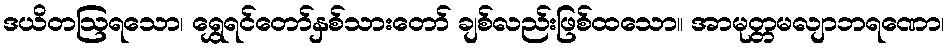
ဒယိတဩရသော၊ ရွှေရင်တော်နှစ်သားတော် ချစ်လည်းဖြစ်ထသော။ အာမုတ္တမလျာဘရဏော၊